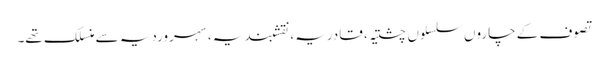
تصوف کے چاروں سلسلوں چشتیہ، قادریہ، نقشبندیہ، سہروردیہ سے منسلک تھے۔